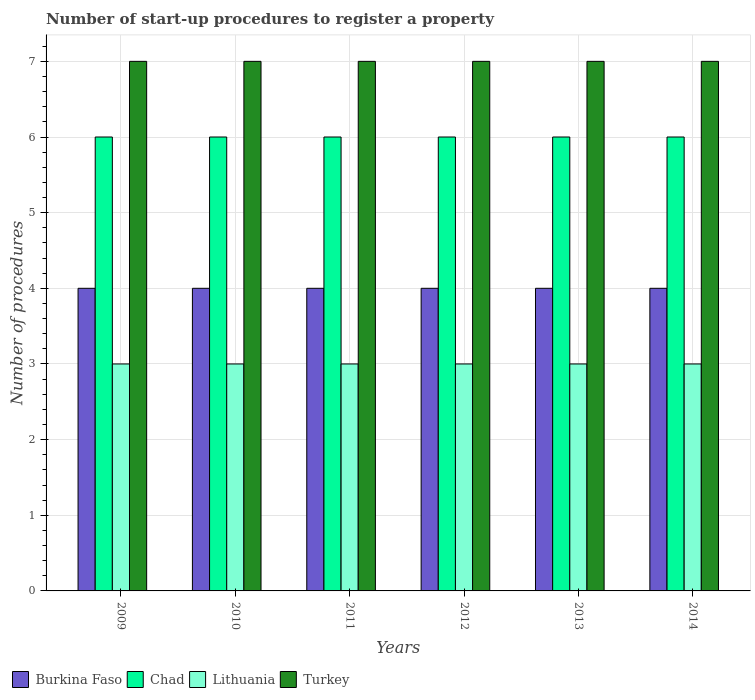
| Years | Burkina Faso | Chad | Lithuania | Turkey |
 | --- | --- | --- | --- | --- |
 | 2009 | 4 | 6 | 3 | 7 |
 | 2010 | 4 | 6 | 3 | 7 |
 | 2011 | 4 | 6 | 3 | 7 |
 | 2012 | 4 | 6 | 3 | 7 |
 | 2013 | 4 | 6 | 3 | 7 |
 | 2014 | 4 | 6 | 3 | 7 |